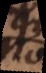
o